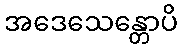
အဒေသေန္တောပိ